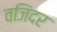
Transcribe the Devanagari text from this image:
वजिंदर